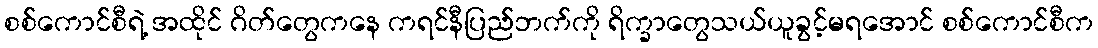
စစ်ကောင်စီရဲ့ အထိုင် ဂိတ်တွေကနေ ကရင်နီပြည်ဘက်ကို ရိက္ခာတွေသယ်ယူခွင့်မရအောင် စစ်ကောင်စီက